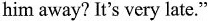
him away? It's very late."